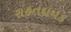
રાહતદાયક